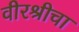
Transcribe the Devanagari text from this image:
वीरश्रीचा